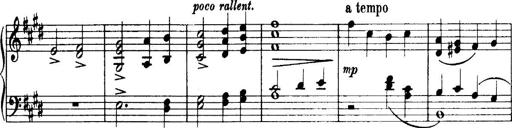
Title: 3 Sonatinas, Op.67
Composer: Jean Sibelius